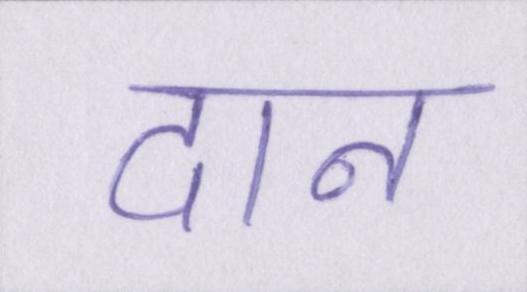
दान